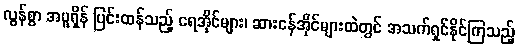
လွန်စွာ အပူရှိန် ပြင်းထန်သည့် ရေအိုင်များ၊ ဆားငန်အိုင်များထဲတွင် အသက်ရှင်နိုင်ကြသည့်